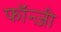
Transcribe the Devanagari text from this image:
फॉन्ज़ी